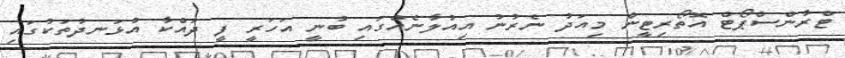
ޓްރާންސްޕޯޓް އޮތޯރިޓީން މިއަދު ނެރުނު އިއުލާނެއްގައި ބުނީ އަހަރީ ފީ ދައްކާ އުޅަނދުތަކުގައި